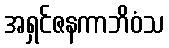
အရှင်ဇနကာဘိဝံသ